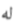
له